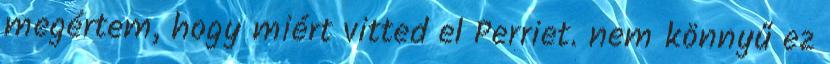
megértem, hogy miért vitted el Perriet. nem könnyű ez